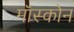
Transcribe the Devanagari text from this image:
मॉस्कोन